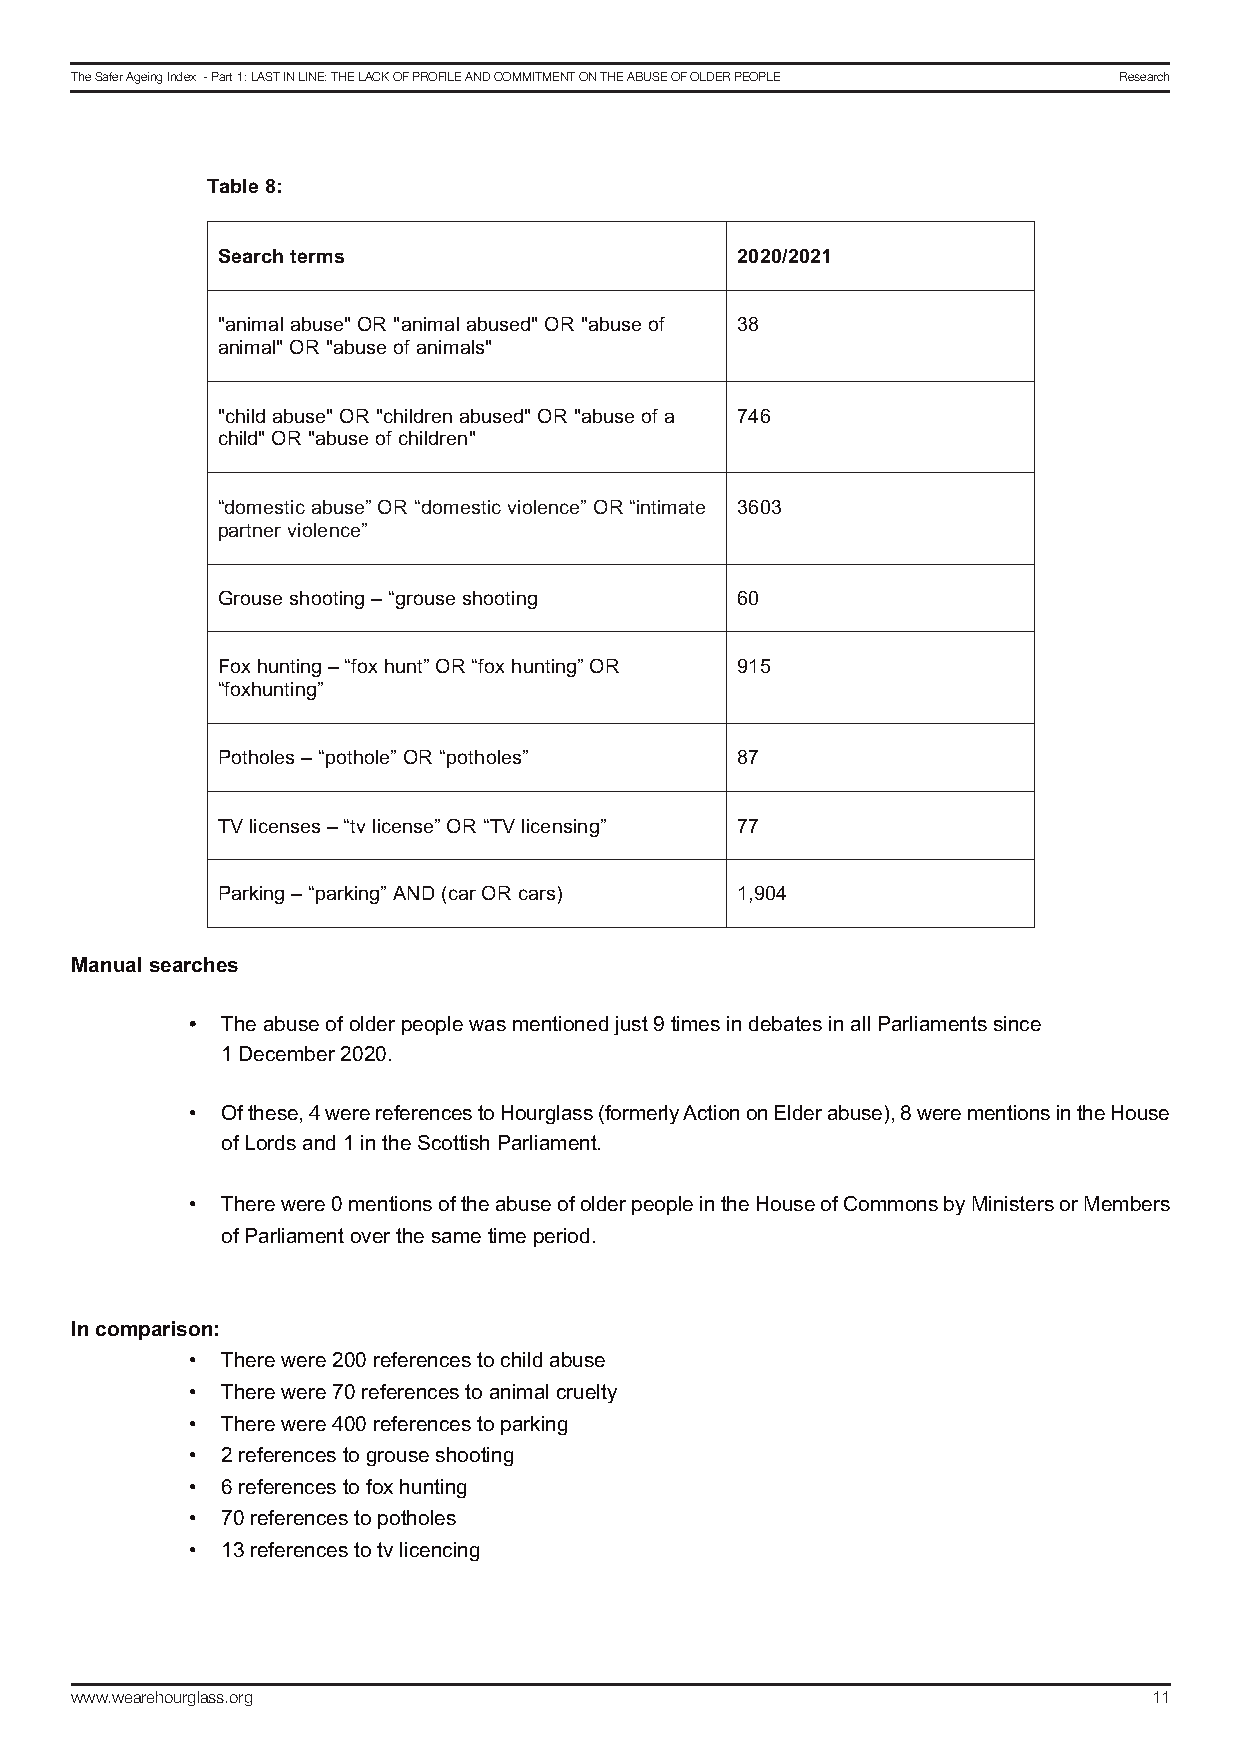
!
 !
 The Safer Ageing Index - Part 1: LAST In LIne: The LAck of ProfILe And commITmenT on The AbuSe of oLder PeoPLe research
 !
 !
 !
 2/30+(F5(
 6+/,"1(&+,7'(                      9:9:G9:94(
 G'7-8'(!'40&/G!;H!G'7-8'(!'40&/3G!;H!G'40&/!%<! OT!
 '7-8'(G!;H!G'40&/!%<!'7-8'(&G!
 G#E-(3!'40&/G!;H!G#E-(3$/7!'40&/3G!;H!G'40&/!%<!'! PMN!
 #E-(3G!;H!G'40&/!%<!#E-(3$/7G!
 V3%8/&.-#!'40&/W!;H!V3%8/&.-#!2-%(/7#/W!;H!V-7.-8'./! ONBO!
 1'$.7/$!2-%(/7#/W!
 ]$%0&/!&E%%.-7C!^!VC$%0&/!&E%%.-7C! NB!
 F%_!E07.-7C!^!V<%_!E07.W!;H!V<%_!E07.-7CW!;H! LAK!
 V<%_E07.-7CW!
 ?%.E%(/&!^!V1%.E%(/W!;H!V1%.E%(/&W! TP!
 +a!(-#/7&/&!^!V.2!(-#/7&/W!;H!V+a!(-#/7&-7CW! PP!
 ?'$b-7C!^!V1'$b-7CW!"Q=!R#'$!;H!#'$&S! AJLBM!
 Manual searches
 !
 • The abuse of older people was mentioned just 9 times in debates in all Parliaments since
 1 December 2020.
 !!
 • ! Of these, 4 were references to Hourglass (formerly Action on Elder abuse), 8 were mentions in the House
 of Lords and 1 in the Scottish Parliament.
 !
 • ! There were 0 mentions of the abuse of older people in the House of Commons by Ministers or Members
 of Parliament over the same time period.
 !
 In comparison:
 • There were 200 references to child abuse
 • There were 70 references to animal cruelty
 • There were 400 references to parking
 • 2 references to grouse shooting
 • 6 references to fox hunting
 • 70 references to potholes
 • 13 references to tv licencing
 www.wearehourglass.org                                                 11